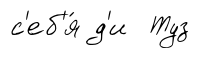
с'еб'я́ д'и Туз